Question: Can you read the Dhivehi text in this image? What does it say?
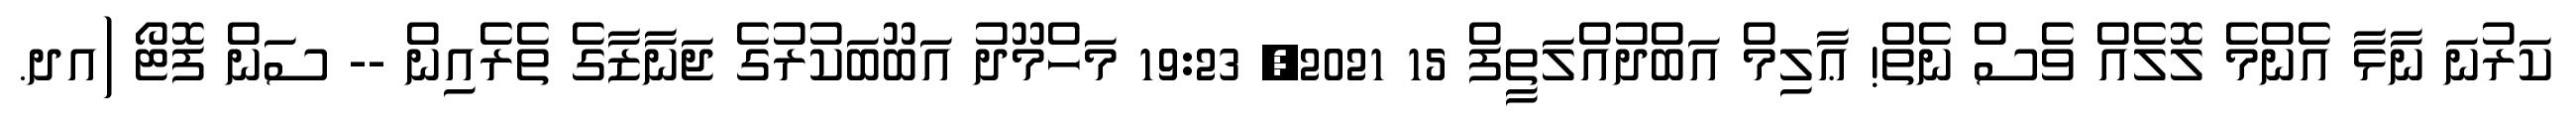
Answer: ކަރުނަ ނާޅާ އެންމެ ލޮލެއް ވެސް ނެތް! ޢާލިމް އަބްދުއްލަތީފް 15 2021, 19:23 މަހްމޫދު އަބޫބަކުރުގެ ޖަނާޒާގެ ތެރެއިން -- ސަން ފޮޓޯ (އދ.